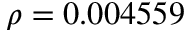
\rho = 0 . 0 0 4 5 5 9